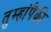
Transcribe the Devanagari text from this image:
तुम्हांपैकी